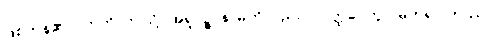
ဖြစ်ကုန်၏။” ဣတိ၊ ဤသို့။ အရူပဉ္စ၊ နာမ်ကိုလည်း။ ဝဝတ္ထပေတွာ၊ မှတ်၍။ တဿ၊